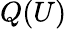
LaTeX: Q(U)